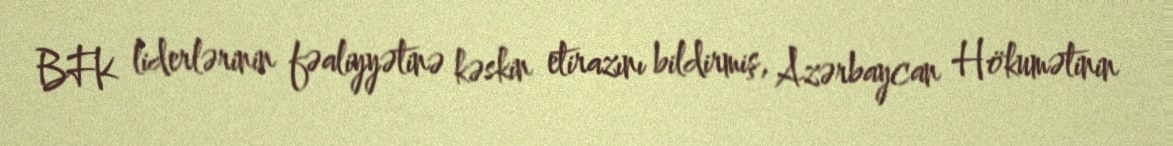
BFK liderlərinin fəaliyyətinə kəskin etirazını bildirmiş, Azərbaycan Hökumətinin